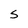
Character: S